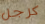
كرجل